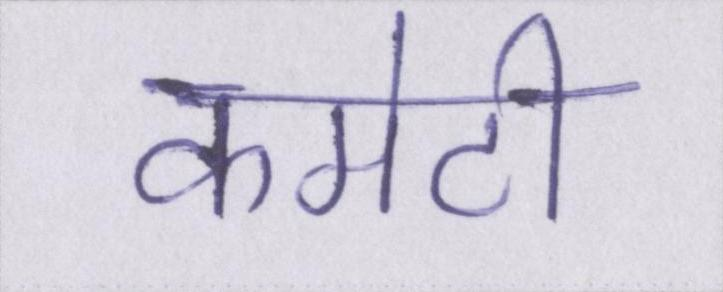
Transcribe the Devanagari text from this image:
कमेटी